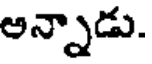
అన్నాడు.